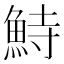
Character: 𩶬